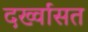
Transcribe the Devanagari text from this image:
दर्ख्वासत